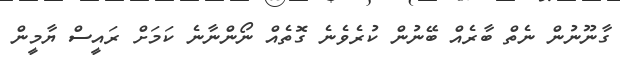
ގާނޫނުން ނެތް ބާރެއް ބޭނުން ކުރެވެނެ ގޮތެއް ނޯންނާނެ ކަމަށް ރައީސް ޔާމީން